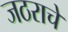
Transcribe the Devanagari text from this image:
जठराचे